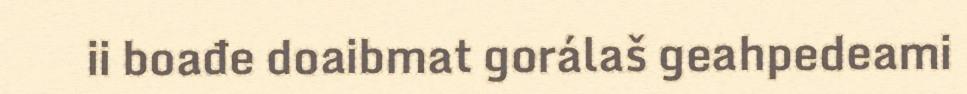
ii boađe doaibmat gorálaš geahpedeami